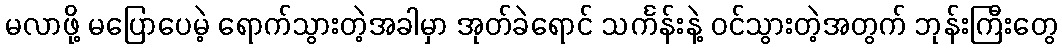
မလာဖို့ မပြောပေမဲ့ ရောက်သွားတဲ့အခါမှာ အုတ်ခဲရောင် သင်္ကန်းနဲ့ ဝင်သွားတဲ့အတွက် ဘုန်းကြီးတွေ